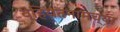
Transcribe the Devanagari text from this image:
व्हियतनामच्या